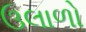
ઉલાળો